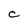
Character: c